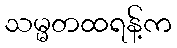
သမ္မတထရန့်က